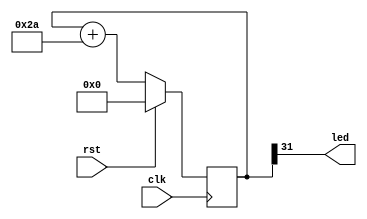
`default_nettype none

module blinky (
   input wire clk, rst,
   output wire led
);

   parameter CLOCK_RATE_HZ = 100_000_000;
   parameter INCREMENT = (1<<30)/(CLOCK_RATE_HZ/4);
   
   reg [31:0] counter;

   always @(posedge clk) begin
      if (rst)
	counter = 0;
      else
	counter <= counter + INCREMENT;
   end

   assign led = counter[31];
   
endmodule